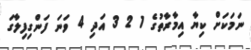
ނަމަކަށް ކިޔާ އިމާރާތުގެ 1 2 3 އަދި 4 ވަނަ ފަންގިފިލާގަ